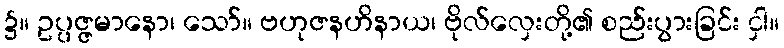
၌။ ဥပ္ပဇ္ဇမာနော၊ သော်။ ဗဟုဇနဟိနာယ၊ ဗိုလ်လှေးတို့၏ စည်းပွားခြင်း ငှါ။